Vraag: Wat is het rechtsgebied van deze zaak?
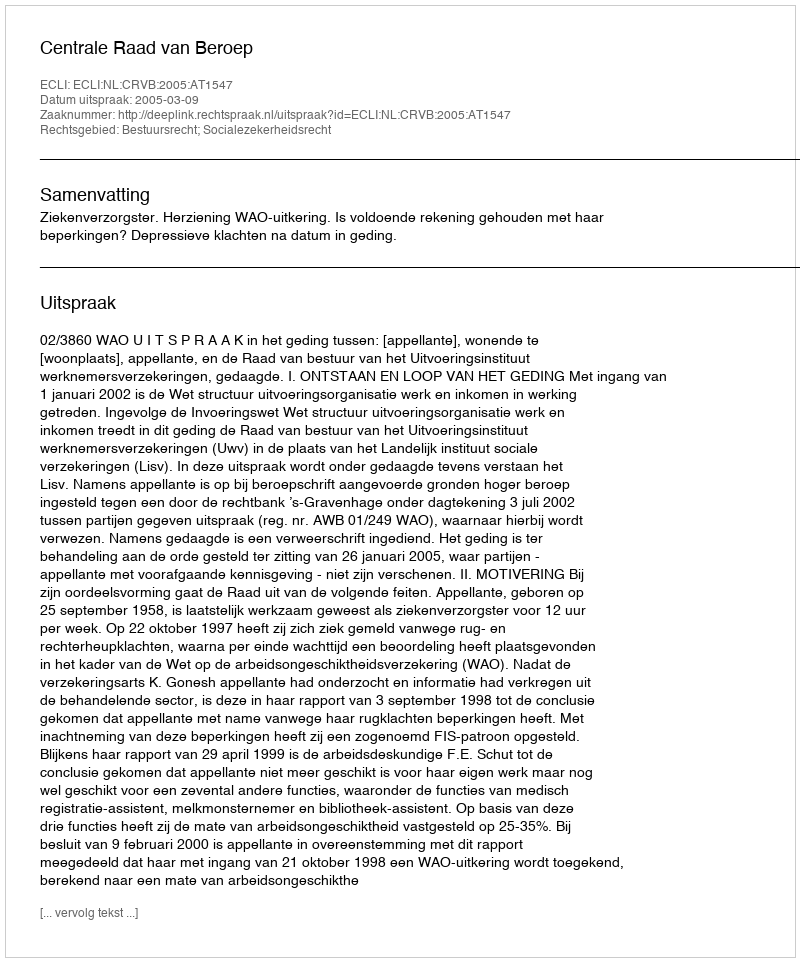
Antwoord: Bestuursrecht; Socialezekerheidsrecht